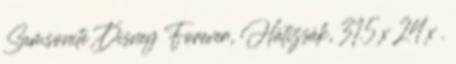
Samsonite Disney Forever, Hátizsák, 31.5 x 24 x .